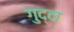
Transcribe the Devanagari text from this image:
गुद्दा